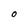
Character: O